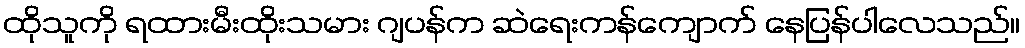
ထိုသူကို ရထားမီးထိုးသမား ဂျပန်က ဆဲရေးကန်ကျောက် နေပြန်ပါလေသည်။